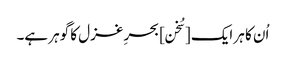
اُن کا ہر ایک [سُخن] بحرِ غزل کا گوہر ہے۔